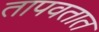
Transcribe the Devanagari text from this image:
तापवतात